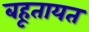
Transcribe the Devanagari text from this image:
बहूतायत